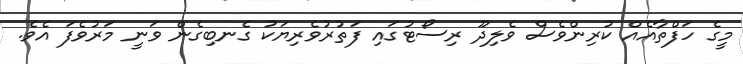
މީގެ ހަފްތާއެއް ކުރިންވެސް ވެލިދޫ ރިސޯޓުގައި ފަތުރުވެރިޔަކު ގެނބިގެން ވަނީ މަރުވެފަ އެވެ.